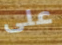
على